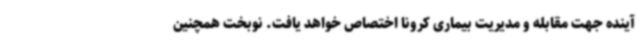
آینده جهت مقابله و مدیریت بیماری کرونا اختصاص خواهد یافت. نوبخت همچنین